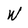
Character: W